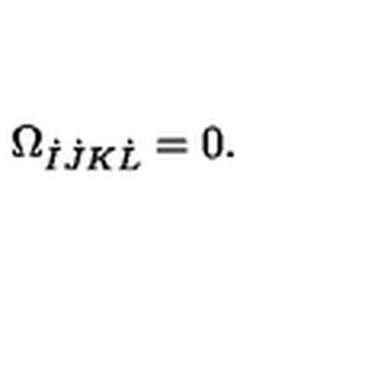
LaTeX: \Omega _ { \dot { I } \dot { J } K \dot { L } } = 0 .